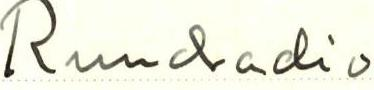
Runladio